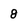
Character: 8